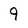
Character: 9